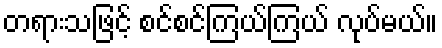
တရားသဖြင့် စင်စင်ကြယ်ကြယ် လုပ်မယ်။